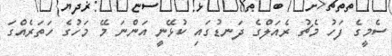
ސެމީގެ ފަހު މެޗު ރެއަލްގެ ދަނޑުގައި ކުޅޭނީ އަންނަ މޭ މަހުގެ ހަތަރެއްގަ